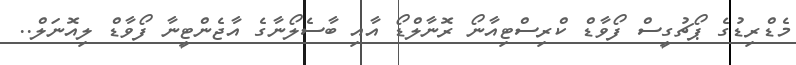
މެޑްރިޑުގެ ޕޯޗުގީސް ފޯވާޑް ކްރިސްޓިއާނޯ ރޮނާލްޑޯ އާއި ބާސެލޯނާގެ އާޖެންޓީނާ ފޯވާޑް ލިއޮނަލް..